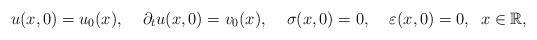
LaTeX: \begin{align*}u(x,0)=u_{0}(x),\;\;\;\;{\partial _{t}}u(x,0)=v_{0}(x),\;\;\;\;\sigma(x,0)=0,\;\;\;\;\varepsilon (x,0)=0,\;\;x\in \mathbb{R}, \end{align*}